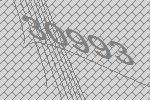
30993